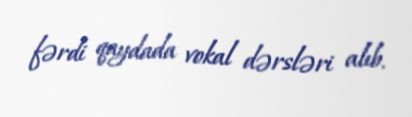
fərdi qaydada vokal dərsləri alıb.